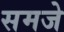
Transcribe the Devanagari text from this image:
समजे